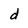
Character: d